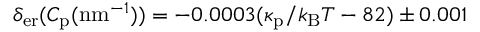
\delta _ { \mathrm { e r } } ( C _ { \mathrm { p } } ( \mathrm { n m } ^ { - 1 } ) ) = - 0 . 0 0 0 3 ( \kappa _ { \mathrm { p } } / k _ { \mathrm { B } } T - 8 2 ) \pm 0 . 0 0 1